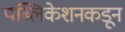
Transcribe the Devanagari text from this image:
पब्लिकेशनकडून